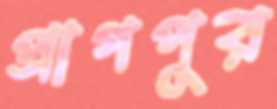
প্রাগপুর